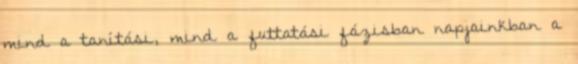
mind a tanítási, mind a futtatási fázisban napjainkban a